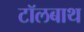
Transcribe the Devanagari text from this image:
टॉलबाथ